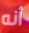
أنه